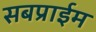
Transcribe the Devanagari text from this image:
सबप्राईम